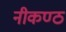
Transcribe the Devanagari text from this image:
नीकण्ठ